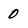
Character: 0